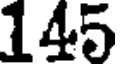
145